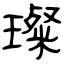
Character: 璨